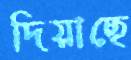
দিয়াছে